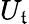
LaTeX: U_{\mathfrak{t}}